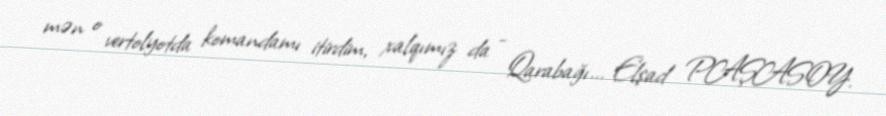
mən o vertolyotda komandamı itirdim, xalqımız da - Qarabağı... Elşad PAŞASOY.